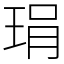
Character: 琄